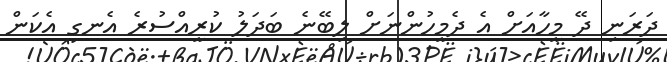
ދަރަނި ދޭ މީހާއަށް އެ ދެމީހުންނަށް ލިބޭނެ ބަދަލު ކުރީއްސުރެ އެނގި އެކަން